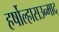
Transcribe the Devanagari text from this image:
हर्षोल्हासउन्माद